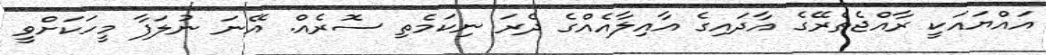
އައްޔައަކީ ރާއްޖެތެރޭގެ އާދައިގެ އާއިލާއެއްގެ ދެރަ ނިކަމެތި ސޮރެއް. އޭނަ ނުލަފާ މީހަކަށްވީ